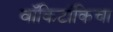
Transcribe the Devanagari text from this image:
वॉकिटॉकिचा